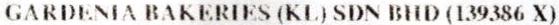
GARDENIA BAKERIES (KL) SDN BHD (139386 X)